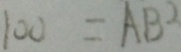
1 0 0 = A B ^ { 2 }